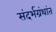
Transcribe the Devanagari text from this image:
संदर्भग्रंथांत